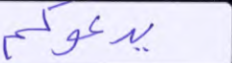
يدعوكم